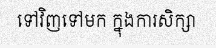
ទៅវិញទៅមក ក្នុងការសិក្សា